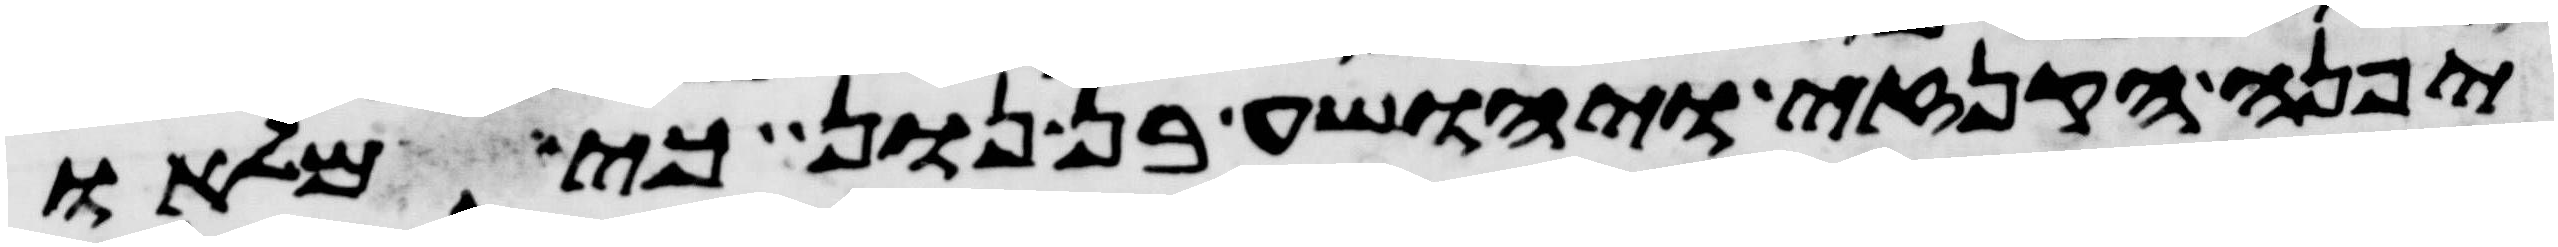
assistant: יפנה הקנזי ויהושע בן נון כי מלאו